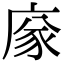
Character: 𢉭